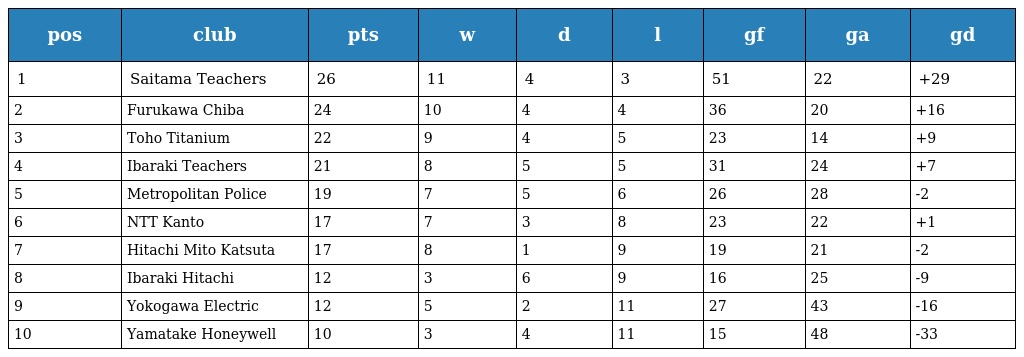
| pos | club | pts | w | d | l | gf | ga | gd |
 | --- | --- | --- | --- | --- | --- | --- | --- | --- |
 | 1 | Saitama Teachers | 26 | 11 | 4 | 3 | 51 | 22 | +29 |
 | 2 | Furukawa Chiba | 24 | 10 | 4 | 4 | 36 | 20 | +16 |
 | 3 | Toho Titanium | 22 | 9 | 4 | 5 | 23 | 14 | +9 |
 | 4 | Ibaraki Teachers | 21 | 8 | 5 | 5 | 31 | 24 | +7 |
 | 5 | Metropolitan Police | 19 | 7 | 5 | 6 | 26 | 28 | -2 |
 | 6 | NTT Kanto | 17 | 7 | 3 | 8 | 23 | 22 | +1 |
 | 7 | Hitachi Mito Katsuta | 17 | 8 | 1 | 9 | 19 | 21 | -2 |
 | 8 | Ibaraki Hitachi | 12 | 3 | 6 | 9 | 16 | 25 | -9 |
 | 9 | Yokogawa Electric | 12 | 5 | 2 | 11 | 27 | 43 | -16 |
 | 10 | Yamatake Honeywell | 10 | 3 | 4 | 11 | 15 | 48 | -33 |